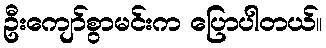
ဦးကျော်စွာမင်းက ပြောပါတယ်။